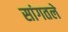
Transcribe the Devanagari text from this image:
सांगतले